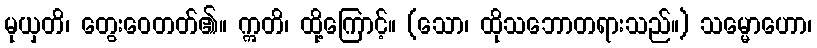
မုယှတိ၊ တွေးဝေတတ်၏။ ဣတိ၊ ထို့ကြောင့်။ (သော၊ ထိုသဘောတရားသည်။) သမ္မောဟော၊